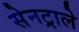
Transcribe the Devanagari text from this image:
सेनट्राले